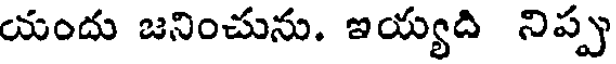
యందు జనించును. ఇయ్యది నిప్ప